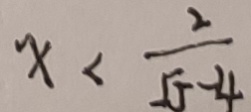
x < \frac { 2 } { \sqrt { 5 } - 4 }